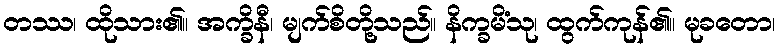
တဿ၊ ထိုသား၏။ အက္ခိနီ၊ မျက်စိတို့သည်။ နိက္ခမိံသု၊ ထွက်ကုန်၏။ မုခတော၊